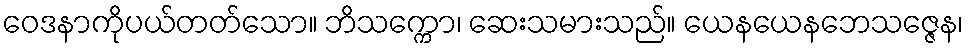
ဝေဒနာကိုပယ်တတ်သော။ ဘိသက္ကော၊ ဆေးသမားသည်။ ယေနယေနဘေသဇ္ဇေန၊